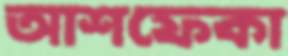
আশফেকা